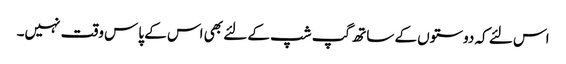
اس لئے کہ دوستوں کے ساتھ گپ شپ کے لئے بھی اس کے پاس وقت نہیں۔